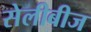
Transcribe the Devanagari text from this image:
सेलीबीज